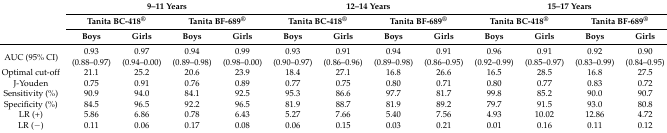
<table><thead><tr><td rowspan="3"></td><td colspan="4"><b>9–11 Years</b></td><td colspan="4"><b>12–14 Years</b></td><td colspan="4"><b>15–17 Years</b></td></tr><tr><td colspan="2"><b>Tanita BC-418<sup>®</sup></b></td><td colspan="2"><b>Tanita BF-689<sup>®</sup></b></td><td colspan="2"><b>Tanita BC-418<sup>®</sup></b></td><td colspan="2"><b>Tanita BF-689<sup>®</sup></b></td><td colspan="2"><b>Tanita BC-418<sup>®</sup></b></td><td colspan="2"><b>Tanita BF-689<sup>®</sup></b></td></tr><tr><td><b>Boys</b></td><td><b>Girls</b></td><td><b>Boys</b></td><td><b>Girls</b></td><td><b>Boys</b></td><td><b>Girls</b></td><td><b>Boys</b></td><td><b>Girls</b></td><td><b>Boys</b></td><td><b>Girls</b></td><td><b>Boys</b></td><td><b>Girls</b></td></tr></thead><tbody><tr><td rowspan="2">AUC (95% CI)</td><td>0.93</td><td>0.97</td><td>0.94</td><td>0.99</td><td>0.93</td><td>0.91</td><td>0.94</td><td>0.91</td><td>0.96</td><td>0.91</td><td>0.92</td><td>0.90</td></tr><tr><td>(0.88–0.97)</td><td>(0.94–0.00)</td><td>(0.89–0.98)</td><td>(0.98–0.00)</td><td>(0.90–0.97)</td><td>(0.86–0.96)</td><td>(0.89–0.98)</td><td>(0.86–0.95)</td><td>(0.92–0.99)</td><td>(0.85–0.97)</td><td>(0.83–0.99)</td><td>(0.84–0.95)</td></tr><tr><td>Optimal cut-off</td><td>21.1</td><td>25.2</td><td>20.6</td><td>23.9</td><td>18.4</td><td>27.1</td><td>16.8</td><td>26.6</td><td>16.5</td><td>28.5</td><td>16.8</td><td>27.5</td></tr><tr><td>J-Youden</td><td>0.75</td><td>0.91</td><td>0.76</td><td>0.89</td><td>0.77</td><td>0.75</td><td>0.80</td><td>0.71</td><td>0.80</td><td>0.77</td><td>0.83</td><td>0.72</td></tr><tr><td>Sensitivity (%)</td><td>90.9</td><td>94.0</td><td>84.1</td><td>92.5</td><td>95.3</td><td>86.6</td><td>97.7</td><td>81.7</td><td>99.8</td><td>85.2</td><td>90.0</td><td>90.7</td></tr><tr><td>Specificity (%)</td><td>84.5</td><td>96.5</td><td>92.2</td><td>96.5</td><td>81.9</td><td>88.7</td><td>81.9</td><td>89.2</td><td>79.7</td><td>91.5</td><td>93.0</td><td>80.8</td></tr><tr><td>LR (+)</td><td>5.86</td><td>6.86</td><td>0.78</td><td>6.43</td><td>5.27</td><td>7.66</td><td>5.40</td><td>7.56</td><td>4.93</td><td>10.02</td><td>12.86</td><td>4.72</td></tr><tr><td>LR (−)</td><td>0.11</td><td>0.06</td><td>0.17</td><td>0.08</td><td>0.06</td><td>0.15</td><td>0.03</td><td>0.21</td><td>0.01</td><td>0.16</td><td>0.11</td><td>0.12</td></tr></tbody></table>